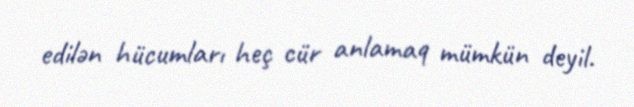
edilən hücumları heç cür anlamaq mümkün deyil.